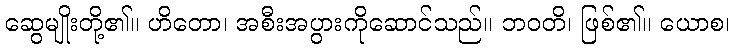
ဆွေမျိုးတို့၏။ ဟိတော၊ အစီးအပွားကိုဆောင်သည်။ ဘဝတိ၊ ဖြစ်၏။ ယောစ၊